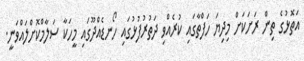
އަތޮޅުގެ ތިން ރަށަކަށް މިދިޔަ ހަފްތާގައި ކުރެއްވި ދަތުރުފުޅުގައި ހޯނޑެއްދޫގައި މީހަކާ ސަލާމްކޮށްލައްވަނީ.